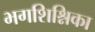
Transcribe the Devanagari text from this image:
भगशिश्निका